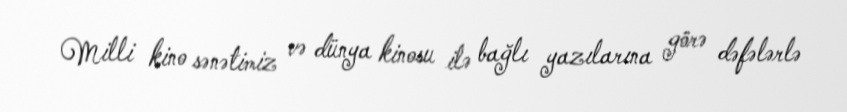
Milli kino sənətimiz və dünya kinosu ilə bağlı yazılarına görə dəfələrlə